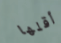
أقلها